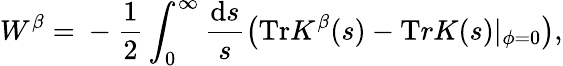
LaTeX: W^{\beta}=\mathrm{}-\frac 1{2}\int_{0}^{\infty}\frac{\mathrm{d}s}{s}\left({\mathrm{Tr}}K^{\beta}(s)-{\mathrm Tr}K(s)|_{\phi=0}\right),